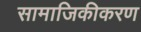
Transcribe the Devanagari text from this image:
सामाजिकीकरण